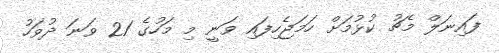
ފައިނަލް މެޗު ކުޅުމަށް ހަމަޖެހިފައި ވަނީ މި މަހުގެ 21 ވަނަ ދުވަހު